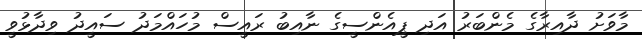
މާވަށު ދާއިރާގެ މެންބަރު އަދި ޕީއެންސީގެ ނާއިބު ރައީސް މުހައްމަދު ސައީދު ވިދާޅުވީ